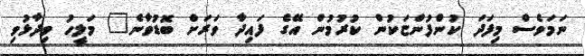
ނަމަވެސް މިފަދަ ކުންފުންޏަކުން ކުރުމުން އޭގެ ފައިދާ ވަރަށް ބޮޑުވާނެ" މަލީހު ވިދާޅުވި